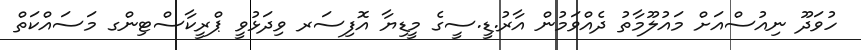
ހުވަދޫ ނިއުސްއަށް މައުލޫމާތު ދެއްވަމުން އާރު.ޑީ.ސީގެ މީޑިޔާ އޮފިސަރ ވިދަޅުވީ ޕްރީކާސްޓިންގ މަސައްކަތް